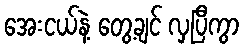
အေးငယ်နဲ့ တွေ့ချင် လှပြီကွာ